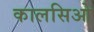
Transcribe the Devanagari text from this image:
कालसिओ